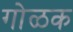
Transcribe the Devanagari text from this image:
गोळक